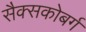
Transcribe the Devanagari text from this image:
सैक्सकोबर्ग